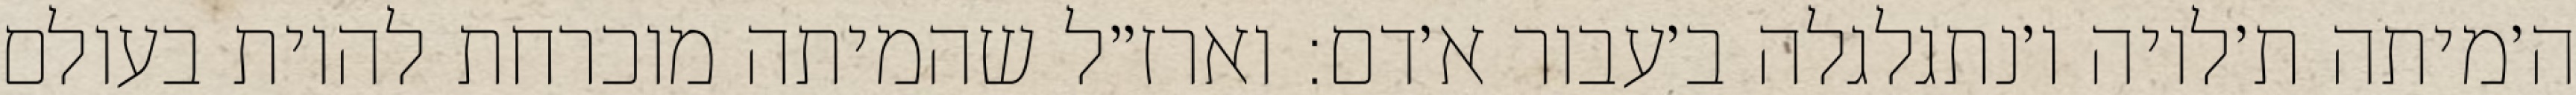
ה׳מיתה ת׳לויה ו׳נתגלגלה ב׳עבור א׳דם: וארז״ל שהמיתה מוכרחת להיות בעולם